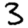
Digit: 3